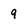
Character: 9